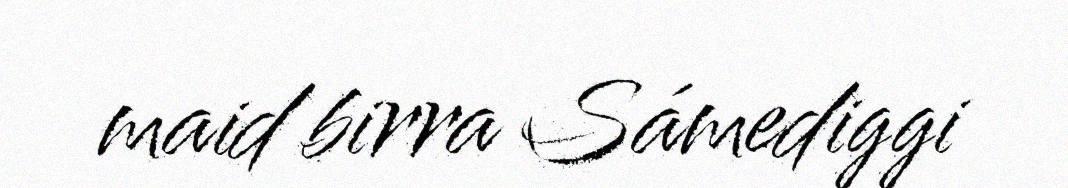
maid birra Sámediggi